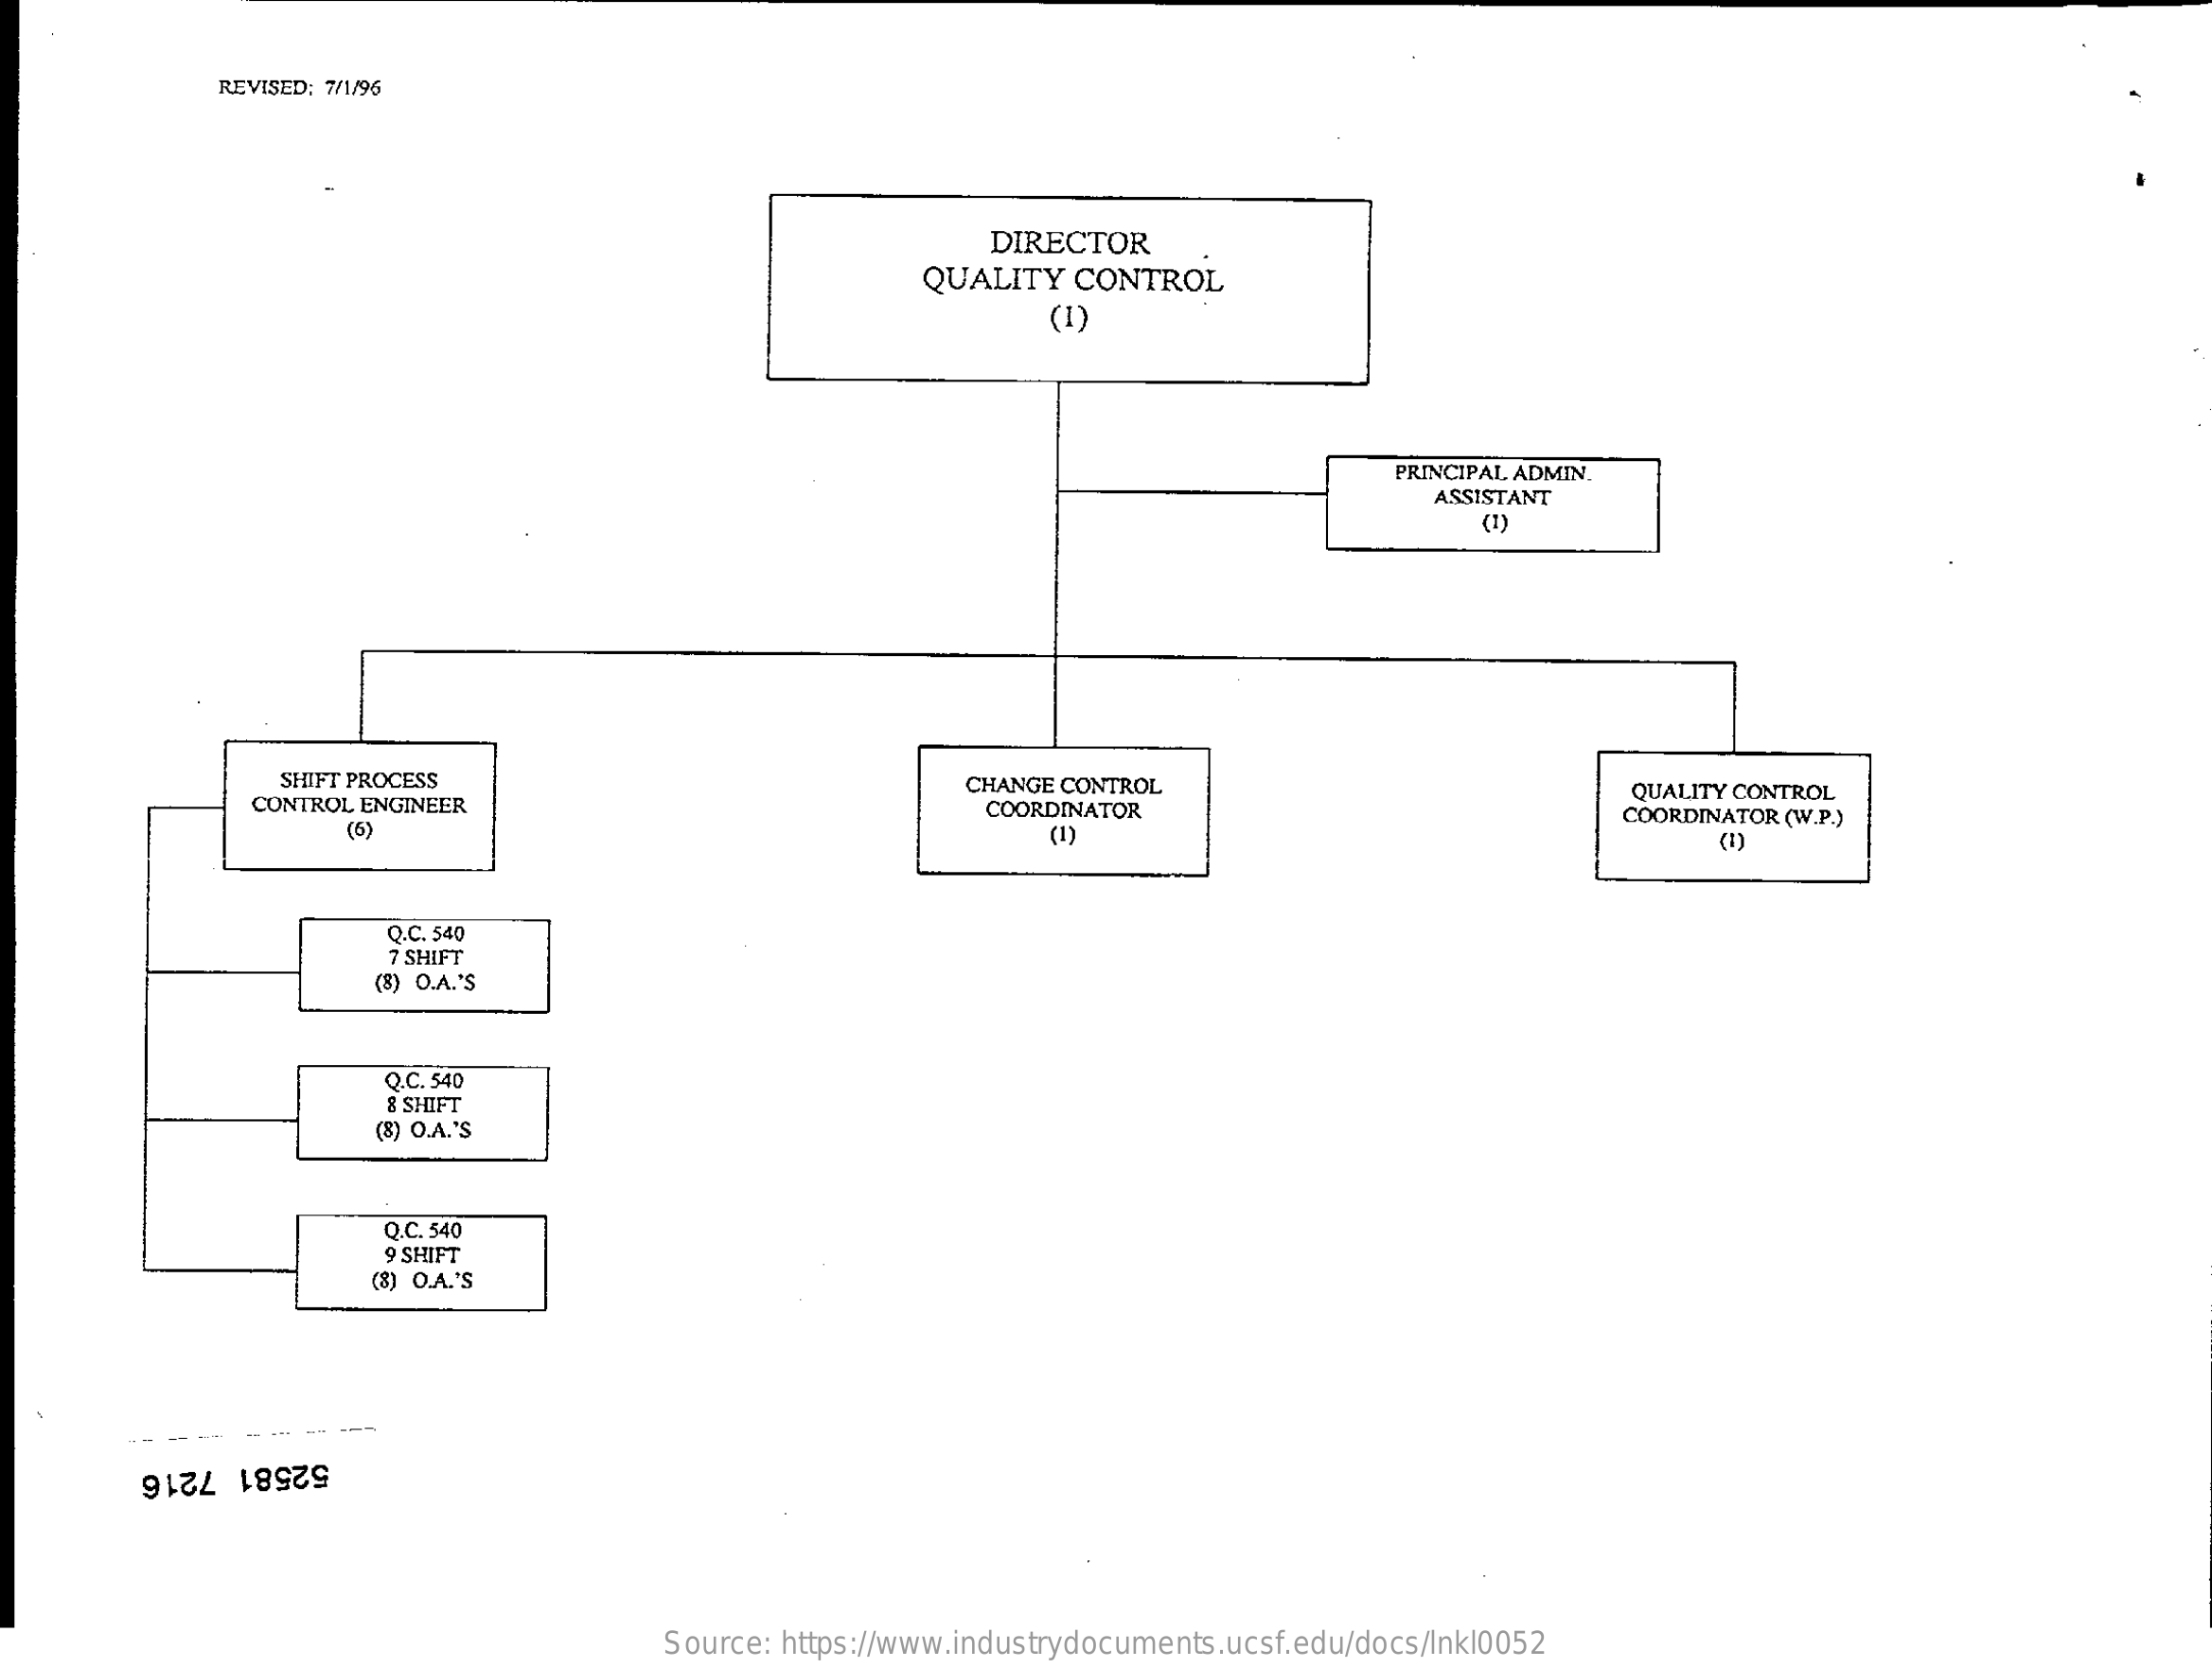
REVISED: 7/1/96
     DIRECTOR
     QUALITY   CONTROL
     (1)
     PRINCIPAL ADMIN.
     ASSISTANT
     (1)
     SHIFT PROCESS
     CONTROL ENGINEER
     CHANGE CONTROL    QUALITY CONTROL
     (5)
     COORDINATOR
     (1)
     COORDINATOR (W.P.)
     Q.C. 540
     7 SHIFT
     (8) O.A.'S
     Q.C. 54D
     & SHIFT
     (8) O.A.'S
     Q.C. 540
     9 SHIFT
     (8) O.A.'S
     52581 7216
     Source: https://www.industrydocuments.ucsf.edu/docs/lnkl0052